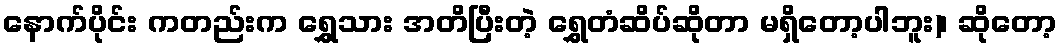
နောက်ပိုင်း ကတည်းက ရွှေသား အတိပြီးတဲ့ ရွှေတံဆိပ်ဆိုတာ မရှိတော့ပါဘူး)၊ ဆိုတော့